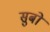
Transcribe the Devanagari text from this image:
सुबो